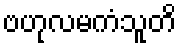
ဗဟုလမကံသူတိ